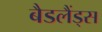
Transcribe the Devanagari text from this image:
बैडलैंड्स